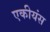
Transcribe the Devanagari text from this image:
एकीयंस